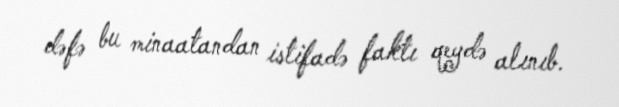
dəfə bu minaatandan istifadə faktı qeydə alınıb.